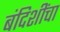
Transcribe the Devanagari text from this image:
बंदिशींचा